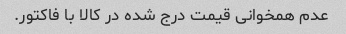
عدم همخوانی قیمت درج شده در کالا با فاکتور.